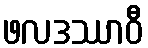
ဖလဒဿာဝီ